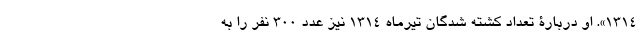
1314». او دربارۀ تعداد کشته شدگان تیرماه 1314 نیز عدد 300 نفر را به